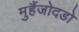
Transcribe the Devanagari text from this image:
मुहैंजोदडो